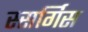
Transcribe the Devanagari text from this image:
स्सर्गिस